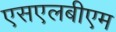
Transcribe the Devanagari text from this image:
एसएलबीएम